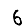
Digit: 6